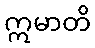
ဣမာတိ